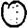
Digit: 0